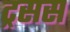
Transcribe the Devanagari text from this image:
ट्रसस